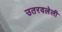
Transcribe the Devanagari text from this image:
उतरवलेली